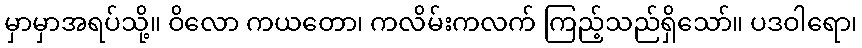
မှာမှာအရပ်သို့။ ဝိလော ကယတော၊ ကလိမ်းကလက် ကြည့်သည်ရှိသော်။ ပဒဝါရော၊